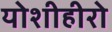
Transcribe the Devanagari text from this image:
योशीहीरो